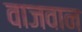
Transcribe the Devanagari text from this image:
वाजवान